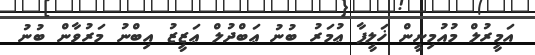
އަމީރުލް މުއުމިނީން ޚަލީފާ ޢުމަރު ބުނު ޢަބްދުލް ޢަޒީޒު އިބްނު މަރުވާން ބުނު